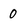
Character: 0